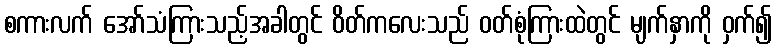
စကားလက် အော်သံကြားသည့်အခါတွင် ဝိတ်ကလေးသည် ဝတ်စုံကြားထဲတွင် မျက်နှာကို ဝှက်၍